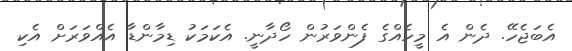
އެބަޖެހޭ. ދެން އެ މީހެއްގެ ފެންވަރުން ހޯދާނީ. އެކަމަކު ޑިމާންޑާ އެއްވަރަށް އެކި